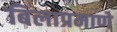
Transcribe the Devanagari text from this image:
बिलाप्रमाणे